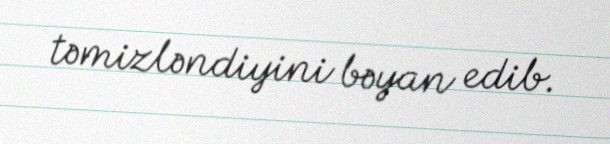
təmizləndiyini bəyan edib.